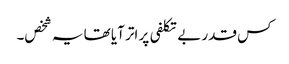
کس قدر بے تکلفی پر اتر آیا تھا یہ شخص۔